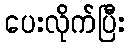
ပေးလိုက်ပြီး